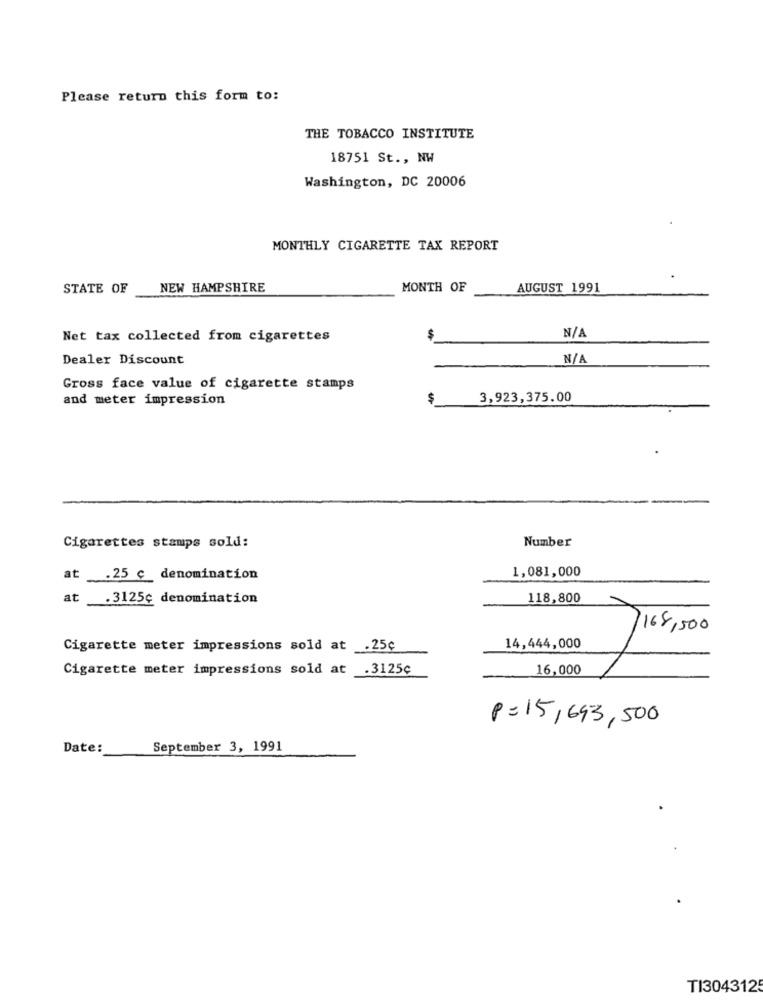
Please return this form to:
THE TOBACCO INSTITUTE
18751 St ., NW
Washington, DC 20006
MONTHLY CIGARETTE TAX REPORT
STATE OF
NEW HAMPSHIRE
MONTH OF
AUGUST 1991
Net tax collected from cigarettes
$
Dealer Discount
Gross face value of cigarette stamps
and meter impression
$
3,923,375.00
Number
Cigarettes stamps sold:
.25 ¢ denomination
1,081,000
at
.3125¢ denomination
118,800
168,500
Cigarette meter impressions sold at .25¢
14,444,000
Cigarette meter impressions sold at .3125¢
16,000
p= 15,693,500
Date:
September 3, 1991
.
TI3043125